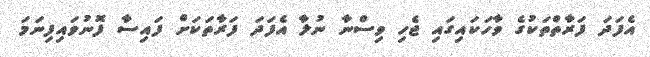
އެފަދަ ފަރާތްތަކުގެ ވާހަކައިގައި ޖެހި ވިސްނާ ނުލާ އެފަދަ ފަރާތަކަށް ފައިސާ ފޮނުވައިފިނަމަ